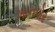
ખાનપોર